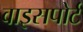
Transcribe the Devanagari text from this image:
वाइसपोर्ट